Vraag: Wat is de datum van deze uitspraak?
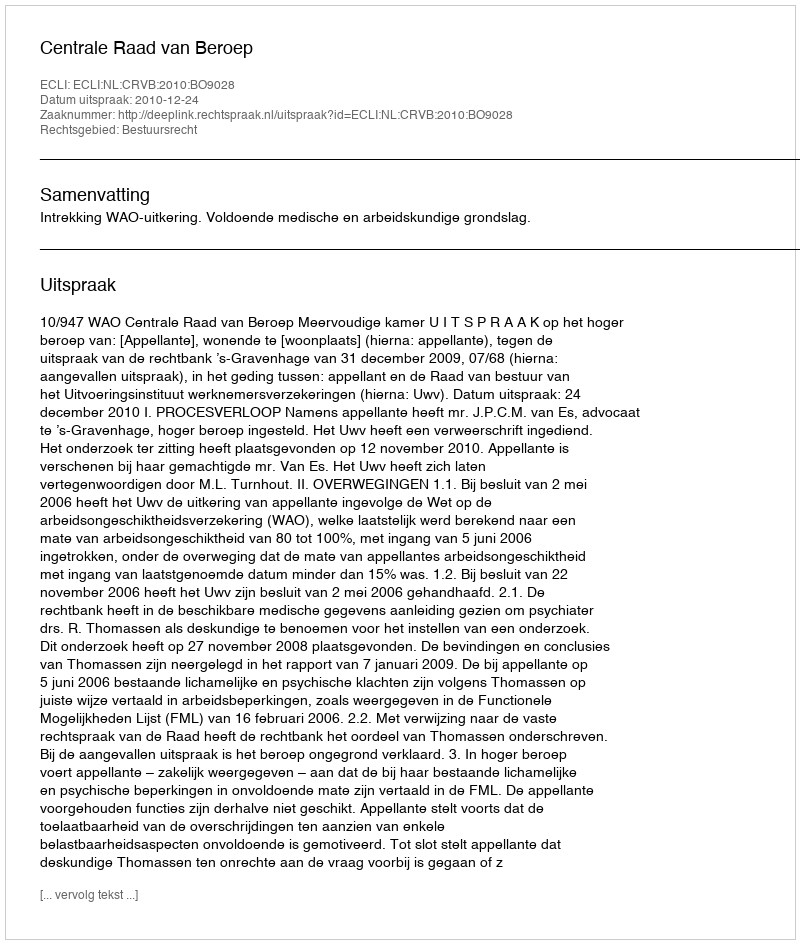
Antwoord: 2010-12-24